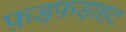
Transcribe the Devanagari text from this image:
फ़ड़फ़ड़ाहट